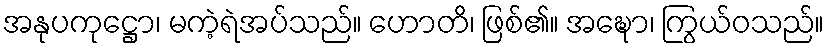
အနုပကုဋ္ဌော၊ မကဲ့ရဲအပ်သည်။ ဟောတိ၊ ဖြစ်၏။ အဍ္ဎော၊ ကြွယ်ဝသည်။